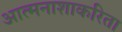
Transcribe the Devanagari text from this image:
आत्मनाशाकरिता